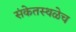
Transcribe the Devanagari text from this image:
संकेतस्थळेच